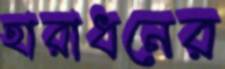
হারাধনের